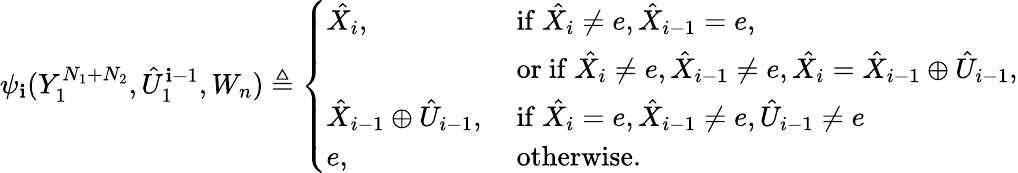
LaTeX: \psi_{\mathbf{i}}(Y_{1}^{N_{1}+N_{2}},\hat{{U}}_{1}^{\mathbf{i}-1},W_{n})\triangleq\left\{ \begin{array}{ll}{\hat{X_{i}},}&{\mathrm{~if~}\hat{X_{i}}\neq e,\hat{X}_{i-1}=e,}\\ &{\mathrm{~or~if~}\hat{X_{i}}\neq e,\hat{X}_{i-1}\neq e,\hat{X_{i}}=\hat{X}_{i-1}\oplus\hat{U}_{i-1},}\\ {\hat{X}_{i-1}\oplus\hat{U}_{i-1},}&{\mathrm{~if~}\hat{X_{i}}=e,\hat{X}_{i-1}\neq e,\hat{U}_{i-1}\neq e}\\ {e,}&{\mathrm{~otherwise.}}\end{array}\right.